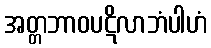
အတ္တဘာဝပဋိလာဘံပါဟံ